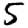
Digit: 5